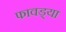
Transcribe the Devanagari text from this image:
फावड्या